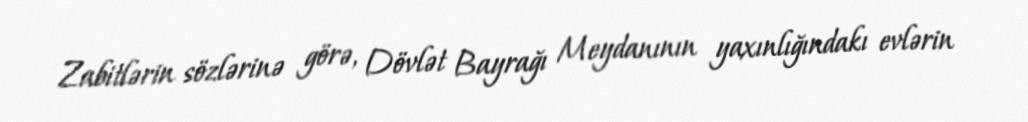
Zabitlərin sözlərinə görə, Dövlət Bayrağı Meydanının yaxınlığındakı evlərin